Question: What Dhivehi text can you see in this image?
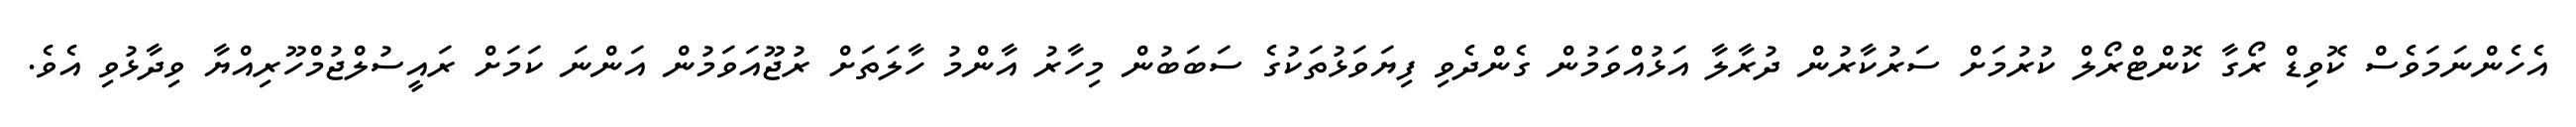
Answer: އެހެންނަމަވެސް ކޮވިޑް ރޯގާ ކޮންޓްރޯލް ކުރުމަށް ސަރުކާރުން ދުރާލާ އަޅުއްވަމުން ގެންދެވި ފިޔަވަޅުތަކުގެ ސަބަބުން މިހާރު އާންމު ހާލަތަށް ރުޖޫއަވަމުން އަންނަ ކަމަށް ރައީސުލްޖުމްހޫރިއްޔާ ވިދާޅުވި އެވެ.